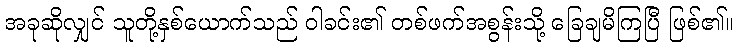
အခုဆိုလျှင် သူတို့နှစ်ယောက်သည် ဝါခင်း၏ တစ်ဖက်အစွန်းသို့ ခြေချမိကြပြီ ဖြစ်၏။